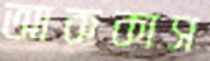
আককাস